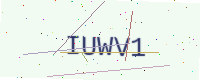
Text: IUWV1